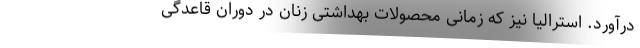
درآورد. استرالیا نیز که زمانی محصولات بهداشتی زنان در دوران قاعدگی